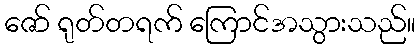
ဇော် ရုတ်တရက် ကြောင်အသွားသည်။